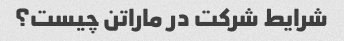
شرایط شرکت در ماراتن چیست؟